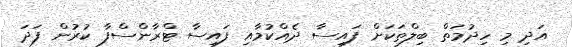
އަދި މި ހިދުމަތް ބިލްތަކަށް ފައިސާ ދެއްކުމާއި ފައިސާ ޓްރާންސްފާ ކުރުން ފަދަ